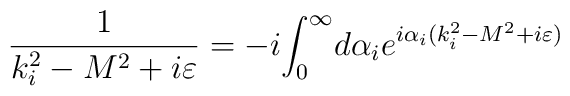
\frac 1{k_i^2-M^2+i\varepsilon }=-i{\int _0 ^\infty }d\alpha _ie^{i\alpha_i(k_i^2-M^2+i\varepsilon )}